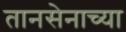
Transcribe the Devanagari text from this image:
तानसेनाच्या